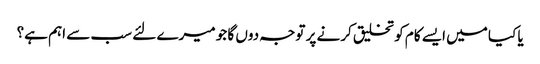
یا کیا میں ایسے کام کو تخلیق کرنے پر توجہ دوں گا جو میرے لئے سب سے اہم ہے؟